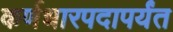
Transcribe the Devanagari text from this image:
कर्णधारपदापर्यंत